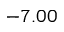
- 7 . 0 0